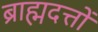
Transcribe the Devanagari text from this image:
ब्राह्मदत्तों